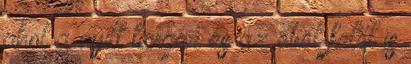
ahol a nyílt tenger és az öböl felől is